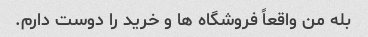
بله من واقعاً فروشگاه ها و خرید را دوست دارم.